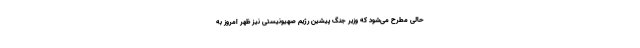
حالی مطرح می‌شود که وزیر جنگ پیشین رژیم صهیونیستی نیز ظهر امروز به